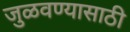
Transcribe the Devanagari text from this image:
जुळवण्यासाठी